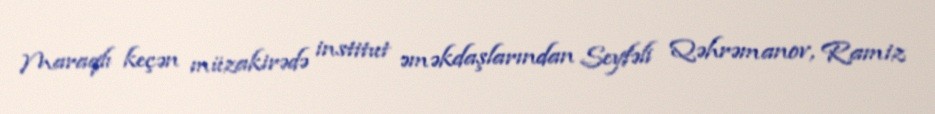
Maraqlı keçən müzakirədə institut əməkdaşlarından Seyfəli Qəhrəmanov, Ramiz